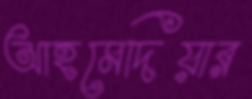
আহমেদিয়ার